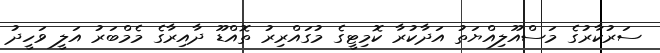
ސަރުކާރުގެ މަސްއޫލިއްޔަތު އަދާކުރާ ކޮމިޓީގެ މުގައްރިރު ތޮއްޑޫ ދާއިރާގެ މެމްބަރު އަލީ ވަހީދު